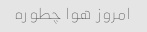
امروز هوا چطوره